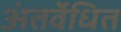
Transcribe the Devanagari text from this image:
अंतर्वेधित